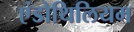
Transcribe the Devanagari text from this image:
एंडोथिलियम